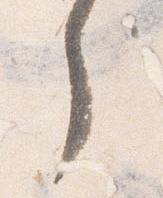
了